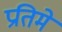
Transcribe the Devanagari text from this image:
प्रतिमे